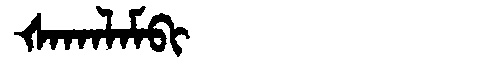
Manchu: ᡧᠠᡴᠠᠯᠠᠮᠪᡳ
Romanization: ŠAKALAMBI